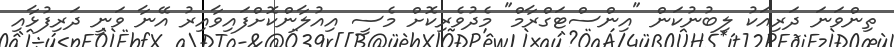
ތިންވަނަ ދަރިއަކު ލިބުނުކަން "އިންސްޓަގްރާމް" މެދުވެރިކޮށް މެސީ އިއުލާންކޮށްފައިވާއިރު އޭނާ ވަނީ ދަރިފުޅާއި